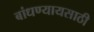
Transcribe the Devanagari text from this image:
बांधण्यायसाठी